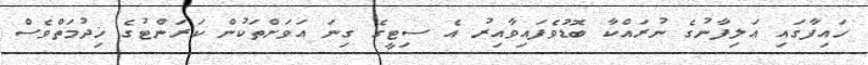
ހައިފާގައި އަލިފާނުގެ ނުރައްކާ ބޮޑުވެފައިވާއިރު އެ ސިޓީގެ ގިނަ އަވަށްތަކުން ކަރަންޓުގެ ޚިދުމަތްވެސް